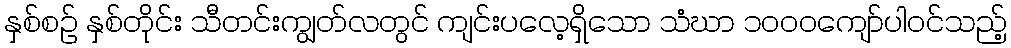
နှစ်စဉ် နှစ်တိုင်း သီတင်းကျွတ်လတွင် ကျင်းပလေ့ရှိသော သံဃာ ၁၀၀၀ကျော်ပါဝင်သည့်